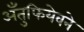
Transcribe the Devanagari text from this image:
अँतुफियेवने